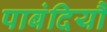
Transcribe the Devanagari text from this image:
पाबंदियौं